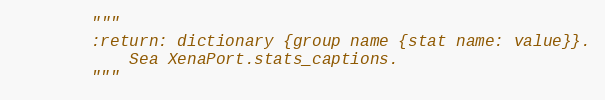
Language: Python
        """
        :return: dictionary {group name {stat name: value}}.
            Sea XenaPort.stats_captions.
        """